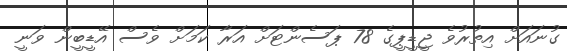
ގުނައަށް އިތުރުވެ ޖީޑީޕީގެ 78 ޕަސެންޓަށް އަރާ ކަމަށް ވެސް އޭޑީބީން ވަނީ